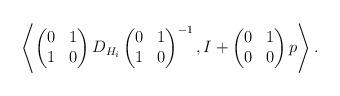
LaTeX: \begin{align*}\left \langle \begin{pmatrix} 0 & 1 \\ 1 & 0 \end{pmatrix} D_{H_i} \begin{pmatrix} 0 & 1 \\ 1 & 0 \end{pmatrix}^{-1}, I + \begin{pmatrix} 0 & 1 \\ 0 & 0 \end{pmatrix} p \right \rangle.\end{align*}